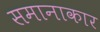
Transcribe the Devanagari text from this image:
समानाकार